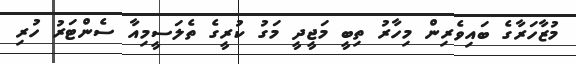
މުޒާހަރާގެ ބައިވެރިން މިހާރު ތިބީ މަޖީދީ މަގު ކުރީގެ ތެލަސީމިއާ ސެންޓަރު ހުރި